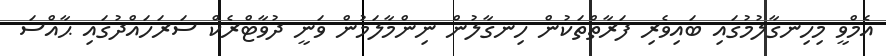
އެމްވީ މިހިނގާލުމުގައި ބައިވެރި ފަރާތްތަކުން ހިނގާލުން ނިންމާލަމުން ވަނީ ދުވާޓްރެކް ސަރަހައްދުގައި ޙާއްސަ